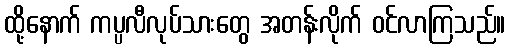
ထို့နောက် ကပ္ပလီလုပ်သားတွေ အတန်းလိုက် ဝင်လာကြသည်။